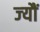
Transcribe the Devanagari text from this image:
ज्‍यौं